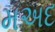
મઅદ